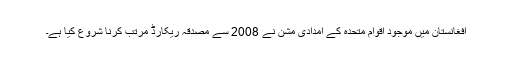
افغانستان میں موجود اقوامِ متحدہ کے امدادی مشن نے 2008 سے مصدقہ ریکارڈ مرتب کرنا شروع کیا ہے۔